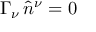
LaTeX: \Gamma _ { \nu } \, \hat { n } ^ { \nu } = 0